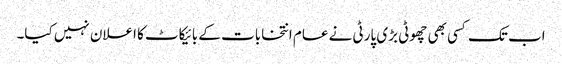
اب تک کسی بھی چھوٹی بڑی پارٹی نے عام انتخابات کے بائیکاٹ کا اعلان نہیں کیا۔